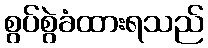
စွပ်စွဲခံထားရသည်